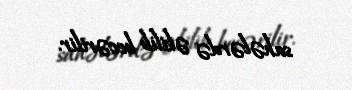
sahələrdə əkilib becərilir.